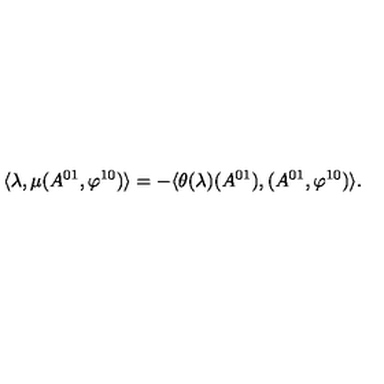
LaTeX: \langle \lambda , \mu ( A ^ { 0 1 } , \varphi ^ { 1 0 } ) \rangle = - \langle \theta ( \lambda ) ( A ^ { 0 1 } ) , ( A ^ { 0 1 } , \varphi ^ { 1 0 } ) \rangle .